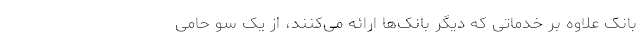
بانک علاوه بر خدماتی که دیگر بانک‌ها ارائه می‌کنند، از یک سو حامی